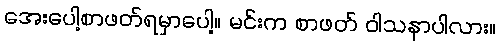
အေးပေါ့စာဖတ်ရမှာပေါ့။ မင်းက စာဖတ် ဝါသနာပါလား။